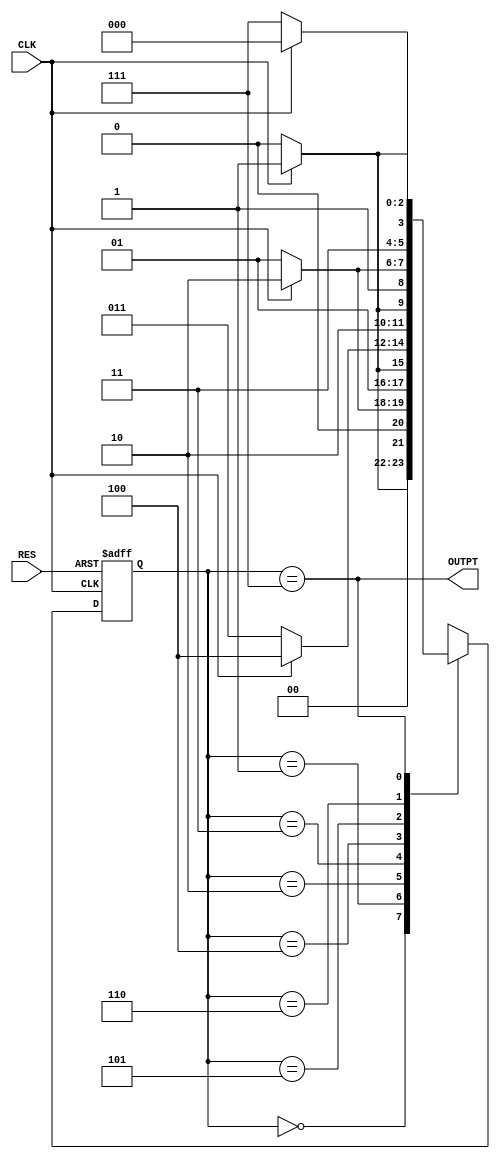
module counter(CLK, RES, OUTPT); //declaring input and output variables


input CLK, RES; // CLK and RES init
output OUTPT; // output init

reg[2:0] state; // Declaring state

parameter  // Cases for States
C0=3'b000, C1=3'b001, C2=3'b010, C3=3'b011, C4=3'b100, C5=3'b101, C6=3'b110, C7=3'b111;


always @ (posedge CLK, negedge RES) // executes only when when reset value is 0 or clock is 1
 if(RES == 0) state <= C0;    // Init to state C0
 
 else case(state) // all case ocurances
 
  C0:   if(CLK) state <= C1;
            else state <= C0;

  C1:   if(CLK) state <= C2;
            else state <= C1;

  C2:   if(CLK) state <= C3;
            else state <= C2;

  C3:   if(CLK) state <= C4;
            else state <= C3;

  C4:   if(CLK) state <= C5;
            else state <= C4;

  C5:   if(CLK) state <= C6;
            else state <= C5;

  C6:   if(CLK) state <= C7;
            else state <= C6;

  C7:   if(CLK) state <= C0;
            else state <= C7;
  
 endcase // stop cases

 assign OUTPT = (state == C7); // output asignment
 
endmodule // termination



//////////_TB_///////////
module tb(); //main Testbench file



reg CLK = 0; // CLK Init
reg RES = 0; // RES Init

wire OUTPT; // Output Init

counter counter (CLK, RES, OUTPT); //connecting to the main file



always begin
	
	
	CLK =#50 ~CLK;
   RES = 1;
end
endmodule //termination